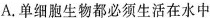
A.单细胞生物都必须生活在水中